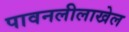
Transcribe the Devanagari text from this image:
पावनलीलाखेल